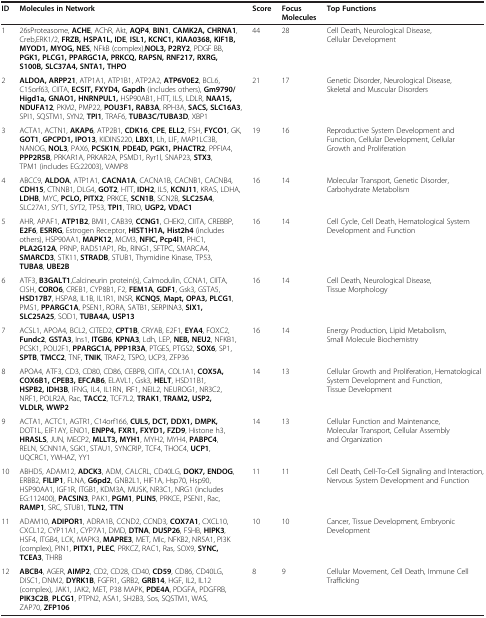
<table><thead><tr><td><b>ID</b></td><td><b>Molecules in Network</b></td><td><b>Score</b></td><td><b>Focus Molecules</b></td><td><b>Top Functions</b></td></tr></thead><tbody><tr><td>1</td><td>26sProteasome, <b>ACHE</b>, AChR, Akt, <b>AQP4</b>, <b>BIN1</b>, <b>CAMK2A, CHRNA1</b>, Creb,ERK1/2, <b>FRZB, HSPA1L, IDE</b>, <b>ISL1, KCNC1, KIAA0368, KIF1B, MYOD1, MYOG, NES</b>, NFkB (complex),<b>NOL3, P2RY2</b>, PDGF BB, <b>PGK1, PLCG1, PPARGC1A, PRKCQ, RAPSN, RNF217, RXRG, S100B, SLC37A4, SNTA1, THPO</b></td><td>44</td><td>28</td><td>Cell Death, Neurological Disease, Cellular Development</td></tr><tr><td>2</td><td><b>ALDOA, ARPP21</b>, ATP1A1, ATP1B1, ATP2A2, <b>ATP6V0E2</b>, BCL6, C15orf63, CIITA, <b>ECSIT, FXYD4, Gapdh</b> (includes others), <b>Gm9790/Higd1a, GNAO1, HNRNPUL1,</b> HSP90AB1, HTT, IL5, LDLR, <b>NAA15, NDUFA12</b>, PKM2, PMP22, <b>POU3F1, RAB3A</b>, RPH3A, <b>SACS, SLC16A3</b>, SPI1, SQSTM1, SYN2, <b>TPI1</b>, TRAF6, <b>TUBA3C/TUBA3D</b>, XBP1</td><td>21</td><td>17</td><td>Genetic Disorder, Neurological Disease, Skeletal and Muscular Disorders</td></tr><tr><td>3</td><td>ACTA1, ACTN1, <b>AKAP6</b>, ATP2B1, <b>CDK16</b>, <b>CPE</b>, <b>ELL2</b>, FSH, <b>FYCO1</b>, GK, <b>GOT1</b>, <b>GPCPD1, IPO13</b>, KIDINS220, <b>LBX1</b>, Lh, LIF, MAP1LC3B, NANOG, <b>NOL3</b>, PAX6, <b>PCSK1N</b>, <b>PDE4D, PGK1, PHACTR2</b>, PPFIA4, <b>PPP2R5B</b>, PRKAR1A, PRKAR2A, PSMD1, Ryr1l, SNAP23, <b>STX3</b>, TPM1 (includes EG:22003), VAMP8</td><td>19</td><td>16</td><td>Reproductive System Development and Function, Cellular Development, Cellular Growth and Proliferation</td></tr><tr><td>4</td><td>ABCC9, <b>ALDOA</b>, ATP1A1, <b>CACNA1A</b>, CACNA1B, CACNB1, CACNB4, <b>CDH15</b>, CTNNB1, DLG4, <b>GOT2</b>, HTT, <b>IDH2</b>, IL5, <b>KCNJ11</b>, KRAS, LDHA, <b>LDHB</b>, MYC, <b>PCLO, PITX2</b>, PRKCE, <b>SCN1B</b>, SCN2B, <b>SLC25A4</b>, SLC27A1, SYT1, SYT2, TP53, <b>TPI1</b>, TRIO, <b>UGP2, VDAC1</b></td><td>16</td><td>14</td><td>Molecular Transport, Genetic Disorder, Carbohydrate Metabolism</td></tr><tr><td>5</td><td>AHR, APAF1, <b>ATP1B2</b>, BMI1, CAB39, <b>CCNG1</b>, CHEK2, CIITA, CREBBP, <b>E2F6</b>, <b>ESRRG</b>, Estrogen Receptor, <b>HIST1H1A, Hist2h4</b> (includes others), HSP90AA1, <b>MAPK12</b>, MCM3, <b>NFIC, Pcp4l1</b>, PHC1, <b>PLA2G12A</b>, PRNP, RAD51AP1, Rb, RING1, SFTPC, SMARCA4, <b>SMARCD3</b>, STK11, <b>STRADB</b>, STUB1, Thymidine Kinase, TP53, <b>TUBA8</b>, <b>UBE2B</b></td><td>16</td><td>14</td><td>Cell Cycle, Cell Death, Hematological System Development and Function</td></tr><tr><td>6</td><td>ATF3, <b>B3GALT1</b>,Calcineurin protein(s), Calmodulin, CCNA1, CIITA, CISH, <b>CORO6</b>, CREB1, CYP8B1, F2, <b>FEM1A</b>, <b>GDF1</b>, Gsk3, GSTA5, <b>HSD17B7</b>, HSPA8, IL1B, IL1R1, INSR, <b>KCNQ5</b>, <b>Mapt, OPA3, PLCG1</b>, PMS1, <b>PPARGC1A</b>, PSEN1, RORA, SATB1, SERPINA3, <b>SIX1, SLC25A25</b>, SOD1, <b>TUBA4A, USP13</b></td><td>16</td><td>14</td><td>Cell Death, Neurological Disease, Tissue Morphology</td></tr><tr><td>7</td><td>ACSL1, APOA4, BCL2, CITED2, <b>CPT1B</b>, CRYAB, E2F1, <b>EYA4</b>, FOXC2, <b>Fundc2</b>, <b>GSTA3</b>, Ins1, <b>ITGB6</b>, <b>KPNA3</b>, Ldh, LEP, <b>NEB, NEU2</b>, NFKB1, PCSK1, POU2F1, <b>PPARGC1A, PPP1R3A</b>, PTGES, PTGS2, <b>SOX6</b>, SP1, <b>SPTB</b>, <b>TMCC2</b>, TNF, <b>TNIK</b>, TRAF2, TSPO, UCP3, ZFP36</td><td>16</td><td>14</td><td>Energy Production, Lipid Metabolism, Small Molecule Biochemistry</td></tr><tr><td>8</td><td>APOA4, ATF3, CD3, CD80, CD86, CEBPB, CIITA, COL1A1, <b>COX5A, COX6B1, CPEB3, EFCAB6</b>, ELAVL1, Gsk3, <b>HELT</b>, HSD11B1, <b>HSPB2, IDH3B</b>, IFNG, IL4, IL1RN, IRF1, NEIL2, NEUROG1, NR3C2, NRF1, POLR2A, Rac, <b>TACC2</b>, TCF7L2, <b>TRAK1</b>, <b>TRAM2, USP2, VLDLR, WWP2</b></td><td>14</td><td>13</td><td>Cellular Growth and Proliferation, Hematological System Development and Function, Tissue Development</td></tr><tr><td>9</td><td>ACTA1, ACTC1, AGTR1, C14orf166, <b>CUL5, DCT, DDX1, DMPK,</b> DOT1L, EIF1AY, ENO1, <b>ENPP4, FXR1, FXYD1, FZD9</b>, Histone h3, <b>HRASLS</b>, JUN, MECP2, <b>MLLT3, MYH1</b>, MYH2, MYH4, <b>PABPC4</b>, RELN, SCNN1A, SGK1, STAU1, SYNCRIP, TCF4, THOC4, <b>UCP1</b>, UQCRC1, YWHAZ, YY1</td><td>14</td><td>13</td><td>Cellular Function and Maintenance, Molecular Transport, Cellular Assembly and Organization</td></tr><tr><td>10</td><td>ABHD5, ADAM12, <b>ADCK3</b>, ADM, CALCRL, CD40LG, <b>DOK7, ENDOG</b>, ERBB2, <b>FILIP1</b>, FLNA, <b>G6pd2</b>, GNB2L1, HIF1A, Hsp70, Hsp90, HSP90AA1, IGF1R, ITGB1, KDM3A, MUSK, NR3C1, NRG1 (includes EG:112400), <b>PACSIN3</b>, PAK1, <b>PGM1</b>, <b>PLIN5</b>, PRKCE, PSEN1, Rac, <b>RAMP1</b>, SRC, STUB1, <b>TLN2, TTN</b></td><td>11</td><td>11</td><td>Cell Death, Cell-To-Cell Signaling and Interaction, Nervous System Development and Function</td></tr><tr><td>11</td><td>ADAM10, <b>ADIPOR1</b>, ADRA1B, CCND2, CCND3, <b>COX7A1</b>, CXCL10, CXCL12, CYP11A1, CYP7A1, DMD, <b>DTNA</b>, <b>DUSP26</b>, FSHB, <b>HIPK3</b>, HSF4, ITGB4, LCK, MAPK3, <b>MAPRE3</b>, MET, Mlc, NFKB2, NR5A1, PI3K (complex), PIN1, <b>PITX1, PLEC</b>, PRKCZ, RAC1, Ras, SOX9, <b>SYNC, TCEA3</b>, THRB</td><td>10</td><td>10</td><td>Cancer, Tissue Development, Embryonic Development</td></tr><tr><td>12</td><td><b>ABCB4</b>, AGER, <b>AIMP2</b>, CD2, CD28, CD40, <b>CD59</b>, CD86, CD40LG, DISC1, DNM2, <b>DYRK1B</b>, FGFR1, GRB2, <b>GRB14</b>, HGF, IL2, IL12 (complex), JAK1, JAK2, MET, P38 MAPK, <b>PDE4A</b>, PDGFA, PDGFRB, <b>PIK3C2B</b>, <b>PLCG1</b>, PTPN2, ASA1, SH2B3, Sos, SQSTM1, WAS, ZAP70, <b>ZFP106</b></td><td>8</td><td>9</td><td>Cellular Movement, Cell Death, Immune Cell Trafficking</td></tr></tbody></table>